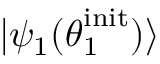
| \psi _ { 1 } ( \boldsymbol { \theta } _ { 1 } ^ { \mathrm { i n i t } } ) \rangle